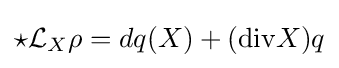
{\star }{\mathcal {L}}_{X}\rho =dq(X)+({\text{div}}X)q